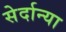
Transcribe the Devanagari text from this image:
सेर्दान्या